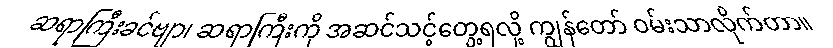
ဆရာကြီးခင်ဗျာ၊ ဆရာကြီးကို အဆင်သင့်တွေ့ရလို့ ကျွန်တော် ဝမ်းသာလိုက်တာ။